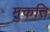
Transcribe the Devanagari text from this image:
मुकति